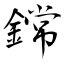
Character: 鏛